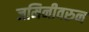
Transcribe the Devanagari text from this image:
जमिनीवरुन